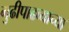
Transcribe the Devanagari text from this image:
गुढीपाढव्याच्या